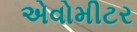
એવોમીટર